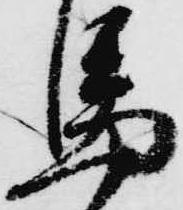
馬